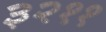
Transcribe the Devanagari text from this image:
३२११